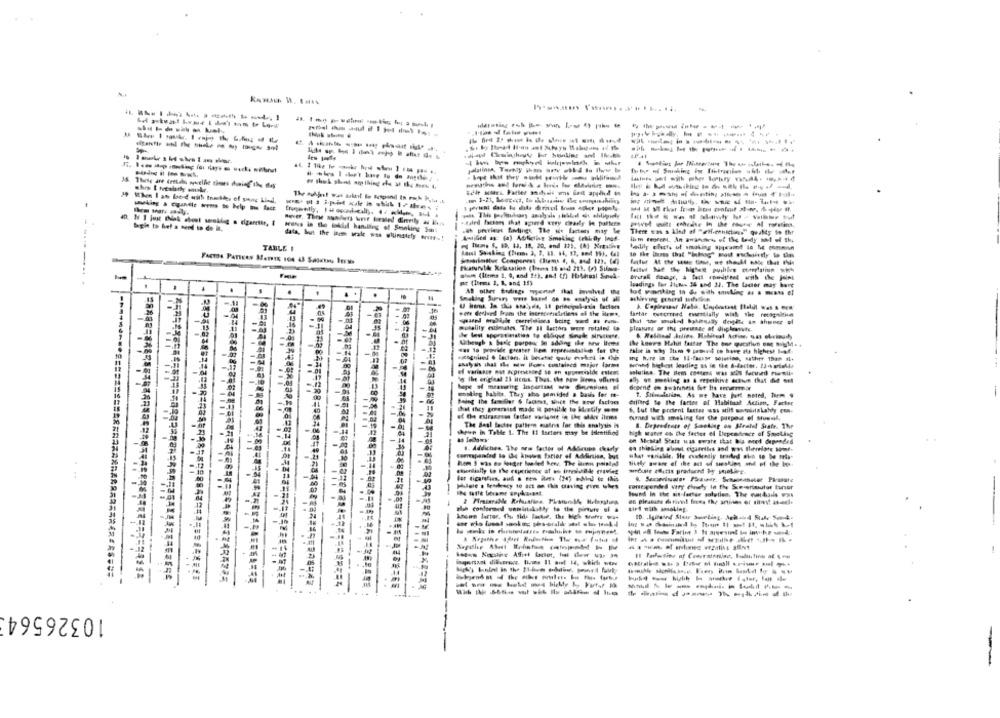
--------
----------
-----------
-------
begin to het a Neod in de i.
eenes in the bokdual handling of Smoking Sont
Aputilice a: (a) Adilictive Smoking (rkifly inod-
There was a kind af -et-conscious" quabdy So ther
TABLE !
badily efects uf smoking a
------
Platurulle Relaxation (thema th oual 211. (+) Silava-
.
loadings for Ilulis 36 and 33. The Lacier may have
Smoking Surury were based on bo analysis of yll
aNeving general ladation
fartar osternned emtially wiak the recognition
------ --
susality estimates. The Il factors wore metaled ta
de Inst sporssimaties to eldique Single sirvitese.
. Wellssal Julies Habitual Aofine, was obvioush
Ucheugh a bark porpour In adoing the new Items
was to provide greater lem represantulice for the
Hoch highest loading as le the 6-docter. 23- wrakde
ending habits. They alo pomided a buis for me-
Being the familier & lacunes, since the Bow facioes
driftrd to the farter of Habitual Action, Factor
that they greenisd made it possible to ilcetily come
6. Lut the portent lactar was still smistakably cos.
fumed with smoking for the purpose of Suwl,
The Baal tectes pattern mudris for this analysis is
8. Deprudence of Smoking on Sealed State. The
shown in Table 1. The 11 factors may be iseettfind
high scaner oh the fattes el Dependence of Smoking
on Sestal Stata was wwate that bis met dependes
1. Addiches. The ars factor of Adlines charly
terapandad lo he knows farier of Addirisn, but
1
Ances lartor. Chu this Factse, the Mch Safer w.
---
*******======
....
10326564
-